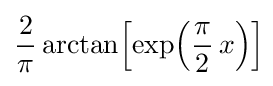
{\frac {2}{\pi }}\arctan \!\left[\exp \!\left({\frac {\pi }{2}}\,x\right)\right]\!